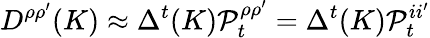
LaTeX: D^{\rho\rho^{\prime}}(K)\approx\Delta^{t}(K){\cal{P}}_{t}^{\rho\rho^{\prime}}=\Delta^{t}(K){\cal{P}}_{t}^{ii^{\prime}}